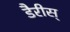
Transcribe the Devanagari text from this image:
डैरीस्